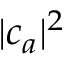
| c _ { a } | ^ { 2 }